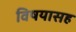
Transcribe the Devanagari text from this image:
विषयासह